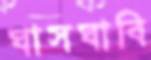
ঘাসঘাবি